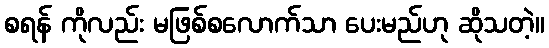
စရန် ကိုလည်း မဖြစ်စလောက်သာ ပေးမည်ဟု ဆိုသတဲ့။